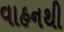
વાહનથી